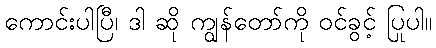
ကောင်းပါပြီ၊ ဒါ ဆို ကျွန်တော်ကို ဝင်ခွင့် ပြုပါ။